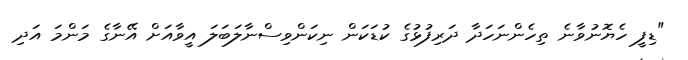
"ޑިފީ ހެޔޮނުވާނެ ތިހެންނަހަދާ ދަރިފުޅުގެ ކުޑަކަން ނިކަންވިސްނާލަބަލަ އީވާއަށް އޭނާގެ މަންމަ އަދި